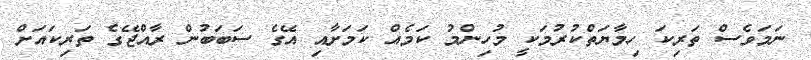
ނަމަވެސް ތަރިކަ ހިމާޔަތްކުރުމަކީ މުހިންމު ކަމެއް ކަމަށާއި އޭގެ ސަބަބުން ރާއްޖޭގެ ތަރިކައަށް